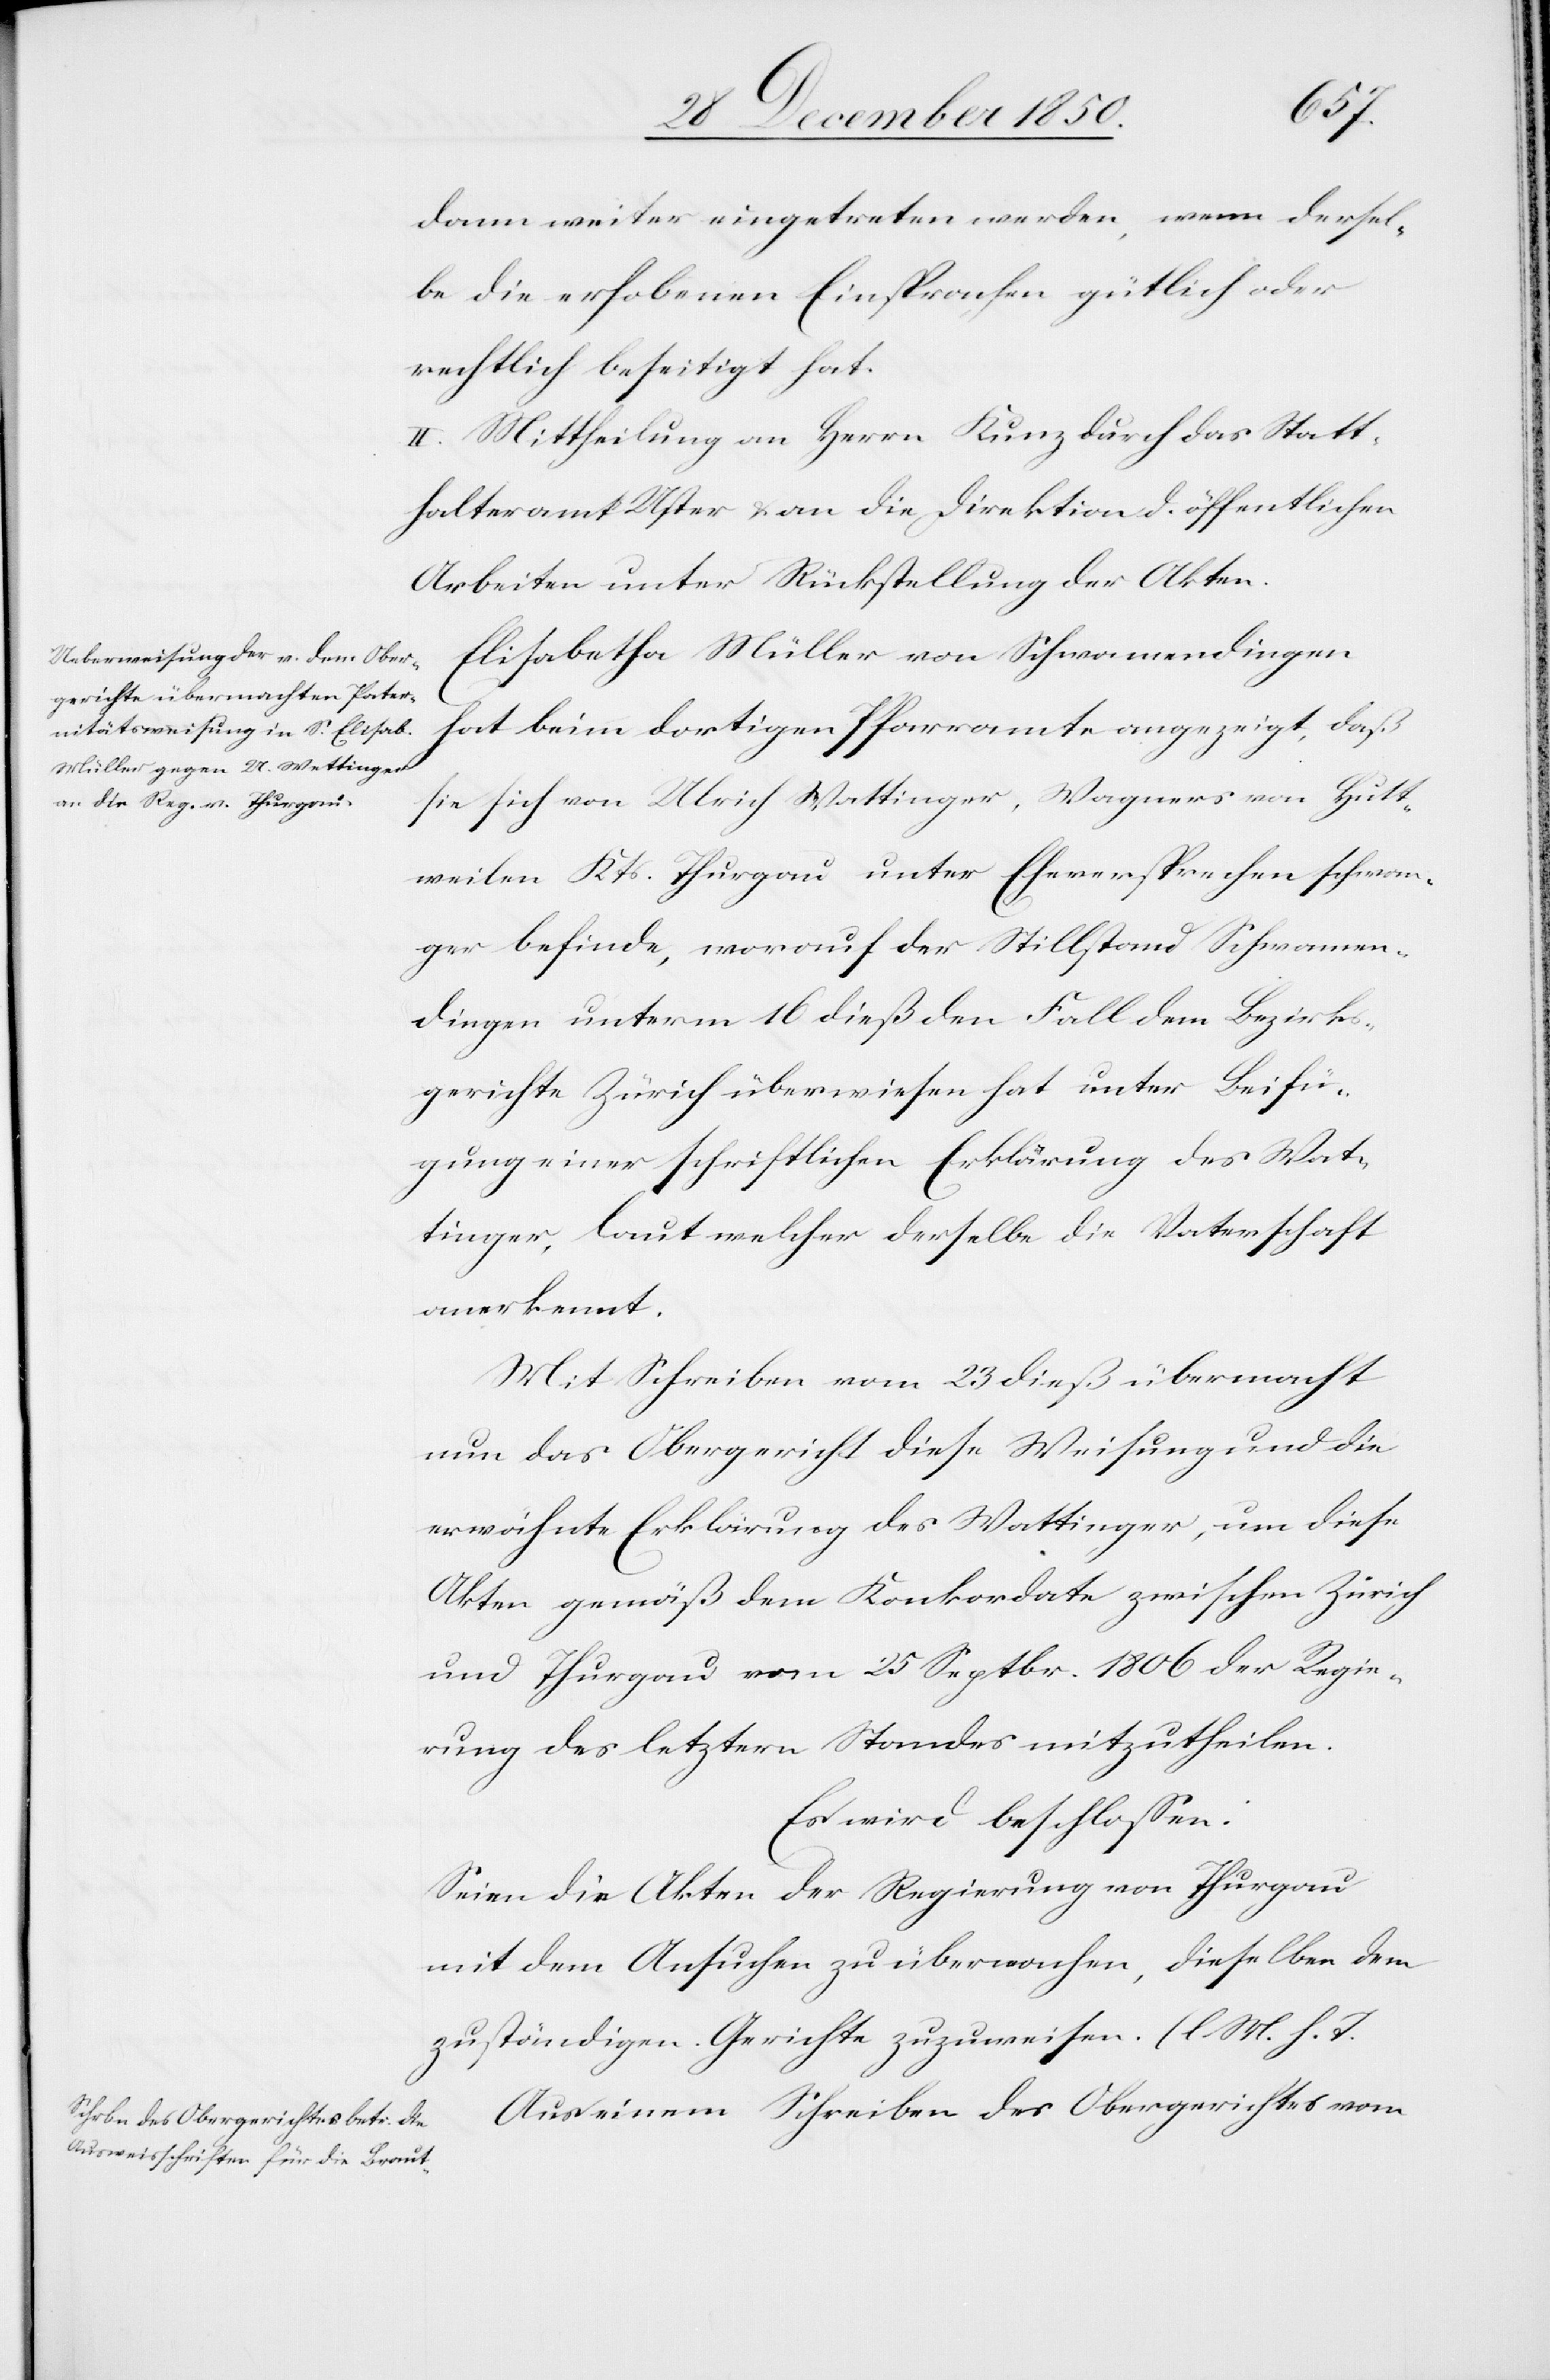
dann weiter eingetreten werden, wenn dersel¬
be die erhobenen Einsprachen gütlich oder
rechtlich beseitigt hat.
II. Mittheilung an Herrn Kunz durch das Statt¬
halteramt Uster u. an die Direktion d. öffentlichen
Arbeiten unter Rückstellung der Akten.
Elisabetha Müller von Schwamendingen
hat beim dortigen Pfarramte angezeigt, das
sie sich von Ulrich Wattinger [sic!], Wagners von Hutt¬
weilen Kts. Thurgau unter Eheversprechen schwan¬
ger befinde, worauf der Stillstand Schwamen¬
dingen unterm 16 dieß den Fall dem Bezirks¬
gerichte Zürich überwiesen hat unter Beifü¬
gung einer schriftlichen Erklärung des Wat¬
tinger, laut welcher derselbe die Vaterschaft
anerkennt.
Mit Schreiben vom 23 dieß übermacht
nun das Obergericht diese Weisung und die
erwähnte Erklärung des Wattinger, um diese
Akten gemäß dem Konkordate zwischen Zürich
und Thurgau vom 25 Septbr. 1806 der Regie¬
rung des letztern Standes mitzutheilen.
Es wird beschlossen:
Seien die Akten der Regierung von Thurgau
mit dem Ansuchen zu übermachen, dieselben dem
zuständigen Gerichte zuzuweisen. (l. M. h.
Aus einem Schreiben des Obergerichtes vom